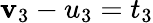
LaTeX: \mathbf{v}_{3}-u_{3}=t_{3}